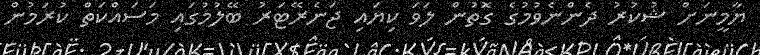
ޔާމީނަށް ޝުކުރު ދެންނެވުމުގެ ގޮތުން ލަވަ ކިޔައި ޖަނެރޭޓަރު ބޭލުމުގައި މަސައްކަތް ކުރަމުން